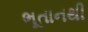
ભૂતાનથી